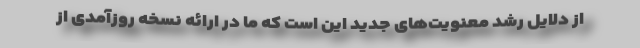
از دلایل رشد معنویت‌های جدید این است که ما در ارائه نسخه روزآمدی از